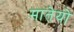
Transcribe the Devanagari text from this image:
मातेयो